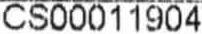
CS00011904